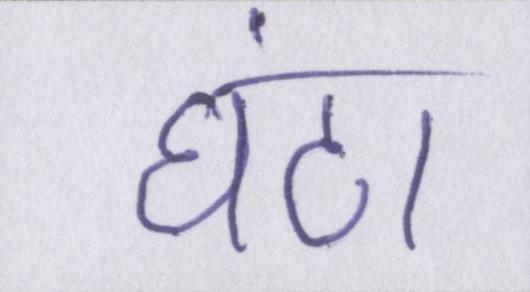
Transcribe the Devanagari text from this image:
घंटा